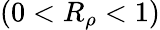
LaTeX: (0<R_{\rho}<1)